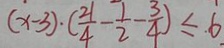
( x - 3 ) \cdot ( \frac { 2 1 } { 4 } - \frac { 1 } { 2 } - \frac { 3 } { 4 } ) \leq 6 .